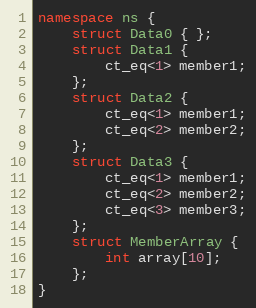
Language: C++
namespace ns {
    struct Data0 { };
    struct Data1 {
        ct_eq<1> member1;
    };
    struct Data2 {
        ct_eq<1> member1;
        ct_eq<2> member2;
    };
    struct Data3 {
        ct_eq<1> member1;
        ct_eq<2> member2;
        ct_eq<3> member3;
    };
    struct MemberArray {
        int array[10];
    };
}